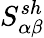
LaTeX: S_{\alpha\beta}^{sh}